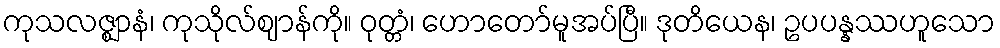
ကုသလဇ္ဈာနံ၊ ကုသိုလ်ဈာန်ကို။ ဝုတ္တံ၊ ဟောတော်မူအပ်ပြီ။ ဒုတိယေန၊ ဥပပန္နဿဟူသော